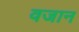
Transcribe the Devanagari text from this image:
वजान